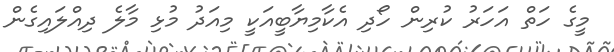
މީގެ ހަތް އަހަރު ކުރިން ހޯދި އެކާމިޔާބީއަކީ މިއަދު މުޅި މާލެ ދިއްލައިގެން